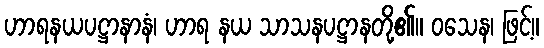
ဟာရနယပဋ္ဌာနာနံ၊ ဟာရ နယ သာသနပဋ္ဌာနတို့၏။ ဝသေန၊ ဖြင့်။